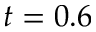
t = 0 . 6